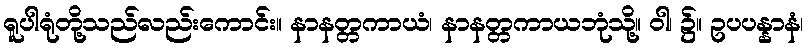
ရူပါရုံတို့သည်လည်းကောင်း။ နာနတ္တကာယံ၊ နာနတ္တကာယဘုံသို့။ ဝါ၊ ၌။ ဥပပန္နာနံ၊